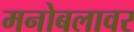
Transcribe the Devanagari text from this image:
मनोबलावर